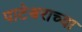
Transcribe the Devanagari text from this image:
पाटेश्वराच्या